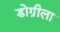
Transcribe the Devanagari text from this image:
डोग्रीला